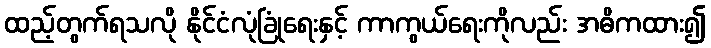
ထည့်တွက်ရသလို နိုင်ငံလုံခြုံရေးနှင့် ကာကွယ်ရေးကိုလည်း အဓိကထား၍